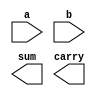
module ha(a,b,sum,carry);
input a,b;
output sum,carry;

endmodule

module multi_2(a,b,p,carry);
input [1:0]a,b;
output [2:0]p;
output carry;

endmodule